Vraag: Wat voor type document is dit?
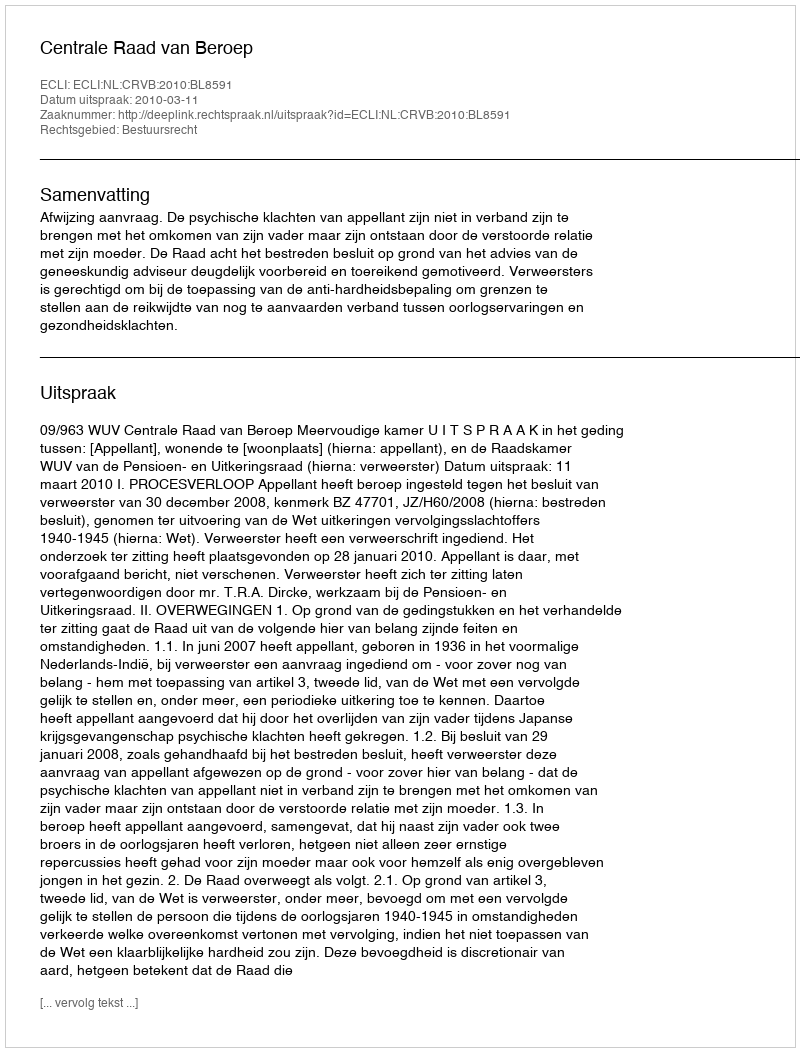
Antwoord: Uitspraak